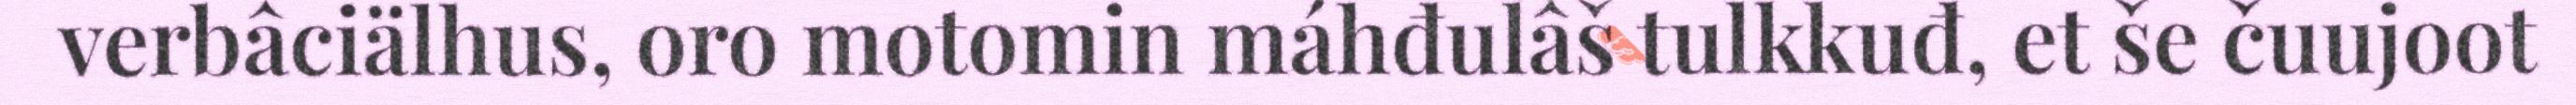
verbâciälhus, oro motomin máhđulâš tulkkuđ, et še čuujoot